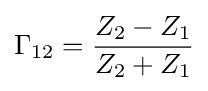
\Gamma _{12}={Z_{2}-Z_{1} \over Z_{2}+Z_{1}}